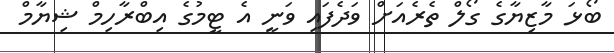
ބޯޅަ މާޒިޔާގެ ގޯލް ތެރެއަށް ވަދެފައި ވަނީ އެ ޓީމުގެ އިބްރާހިމް ޝިޔާމް